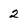
Character: 2